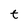
Character: t